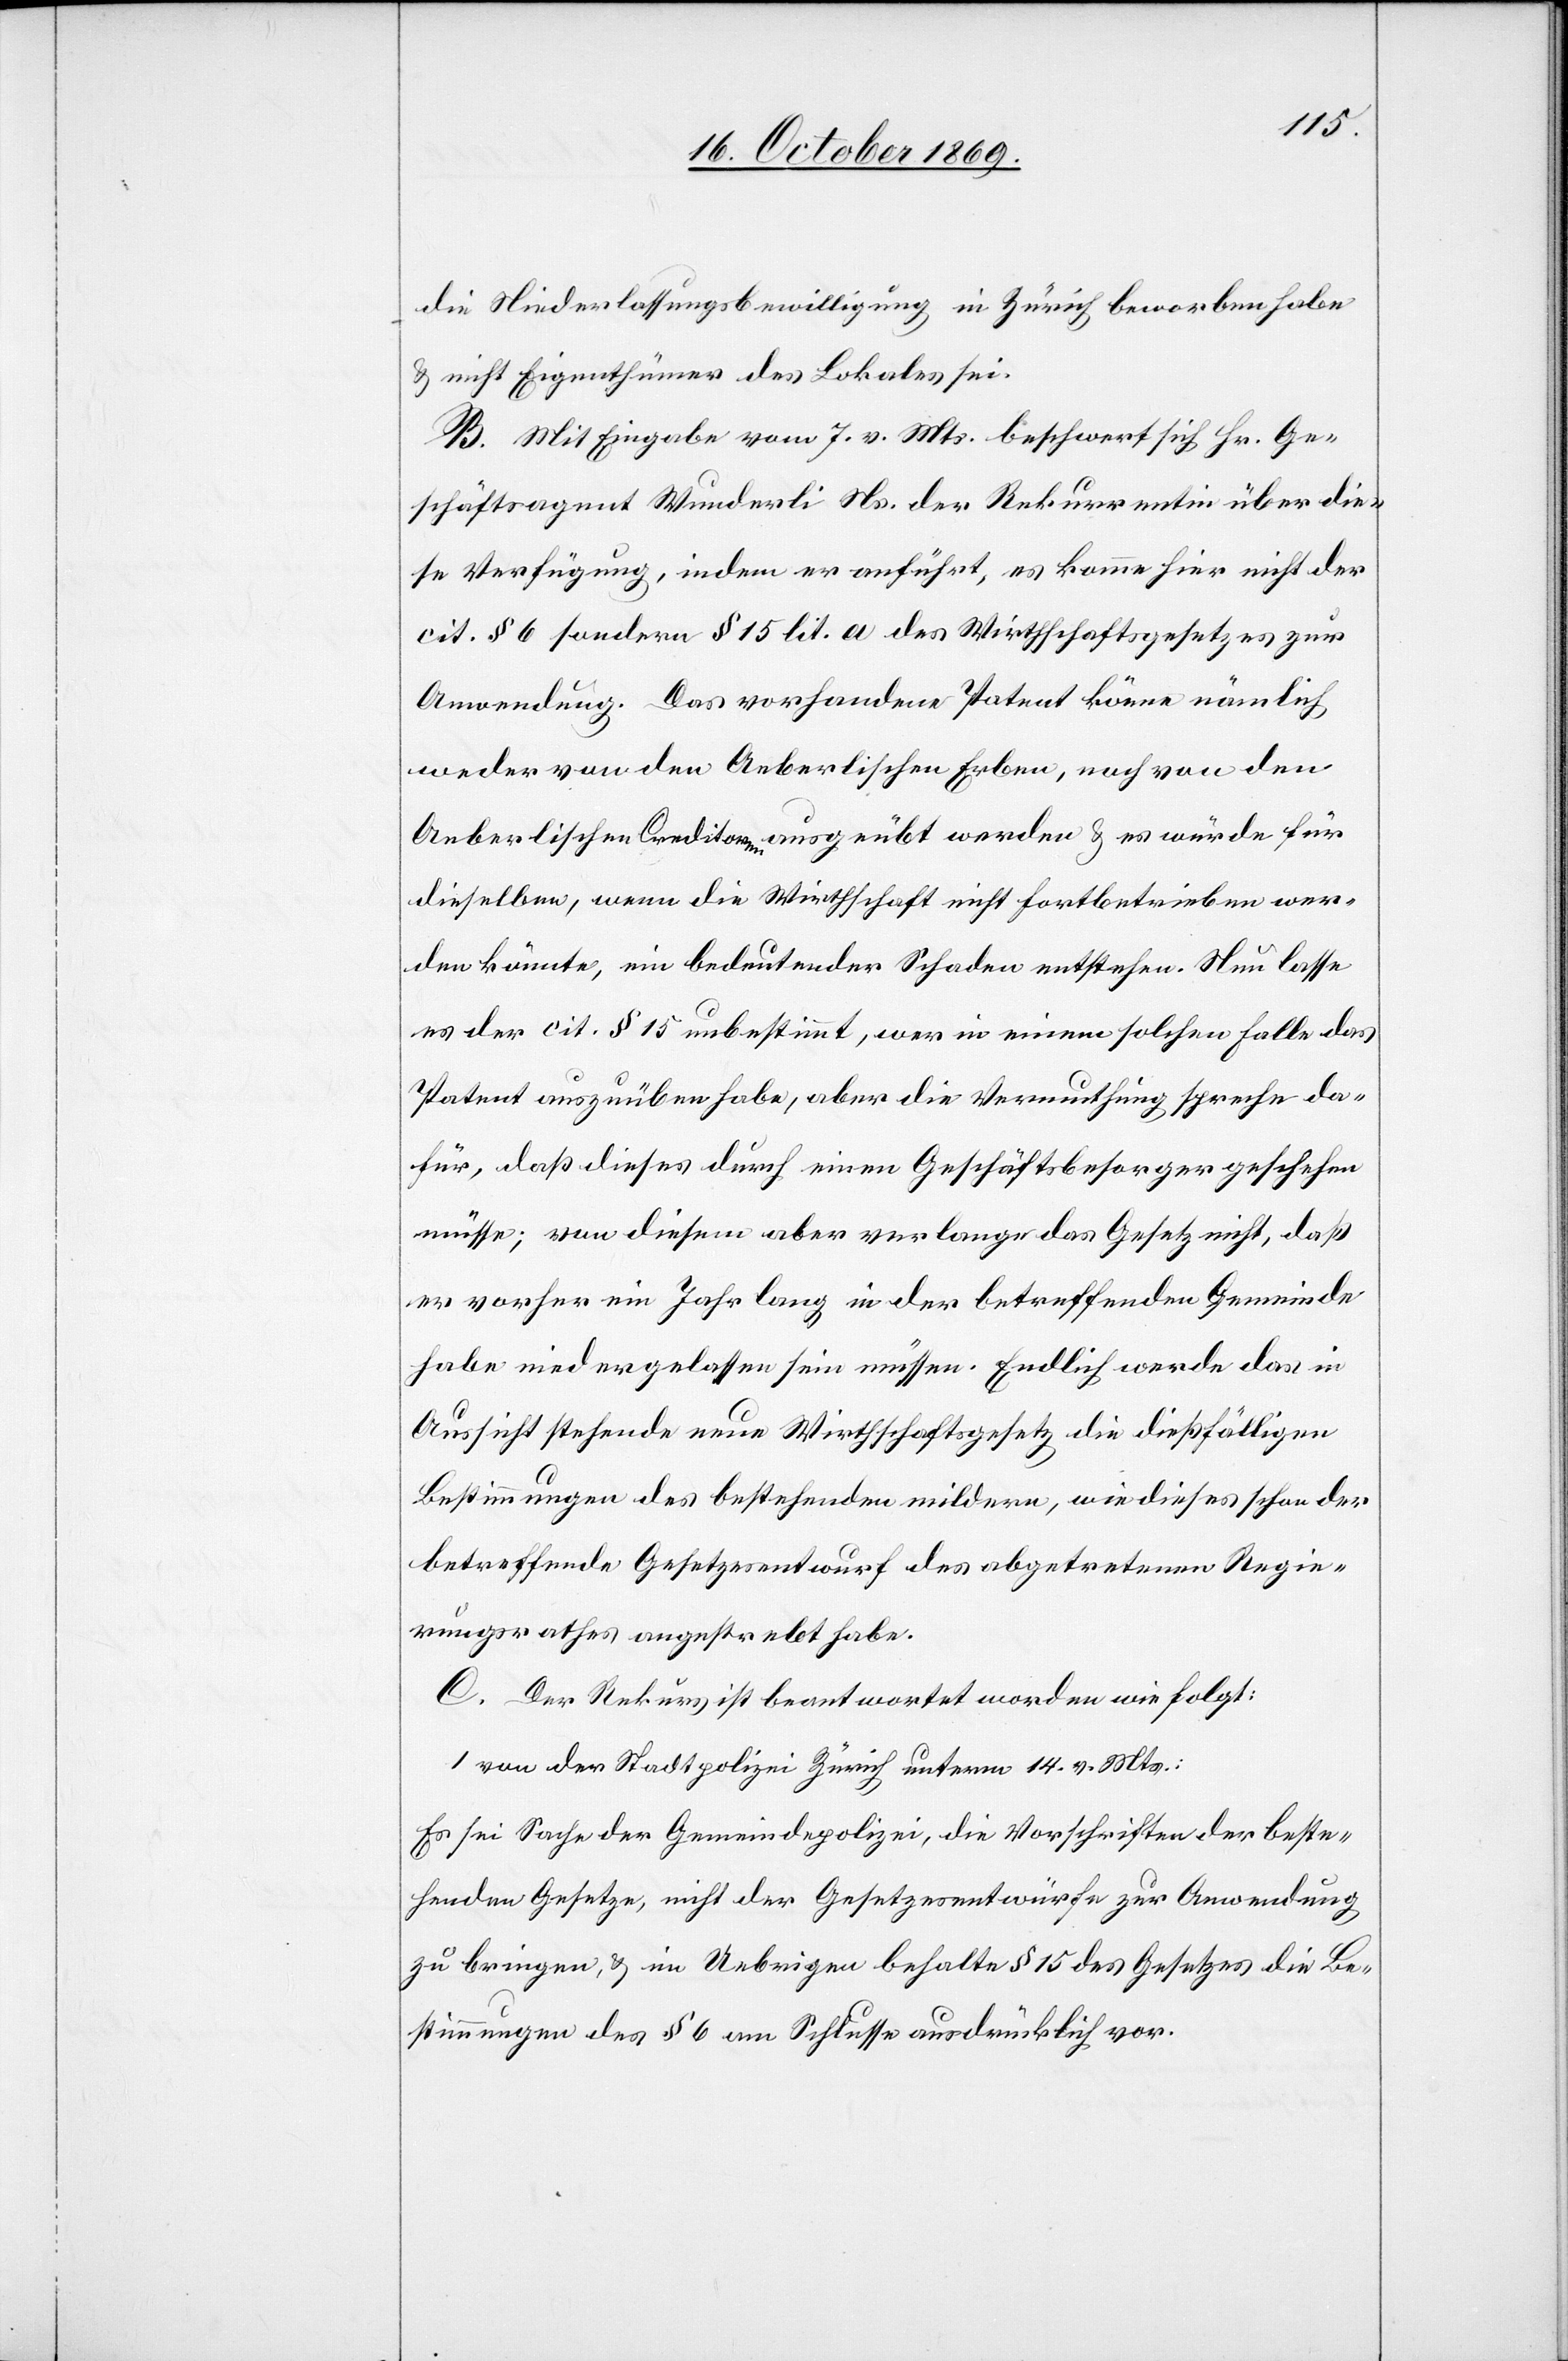
die Niederlassungsbewilligung in Zürich beworben habe
& nicht Eigenthümer des Lokales sei.
B. Mit Eingabe vom 7. v. Mts. beschwert sich Hr. Ge¬
schäftsagent Wunderli Ns. der Rekurrentin über die¬
se Verfügung, indem er anführt, es komme hier nicht der
cit. § 6 sondern § 15 lit. a des Wirthschaftsgesetzes zur
Anwendung. Das vorhandene Patent könne nämlich
weder von den Aeberlischen Erben, noch von den
Aeberlischen Creditoren ausgeübt werden & es würde für
dieselben, wenn die Wirthschaft nicht fortbetrieben wer¬
den könnte, ein bedeutender Schaden entstehen. Nun lasse
es der cit. § 15 unbestimmt, wer in einem solchen Falle das
Patent auszuüben habe, aber die Vermuthung spreche da¬
für, daß dieses durch einen Geschäftsbesorger geschehen
müsse; von diesem aber verlange das Gesetz nicht, daß
er vorher ein Jahr lang in der betreffenden Gemeinde
habe niedergelassen sein müssen. Endlich werde das in
Aussicht stehende neue Wirthschaftsgesetz die dießfälligen
Bestimmungen des bestehenden mildern, wie dieses schon der
betreffende Gesetzesentwurf des abgetretenen Regie¬
rungsrathes angestrebt habe.
C. Der Rekurs ist beantwortet worden wie folgt:
1. von der Stadtpolizei Zürich unterm 14. v. Mts.:
Es sei Sache der Gemeindepolizei, die Vorschriften der beste¬
henden Gesetze, nicht der Gesetzesentwürfe zur Anwendung
zu bringen, & im Uebrigen behalte § 15 des Gesetzes die Be¬
stimmungen des § 6 am Schlusse ausdrücklich vor.